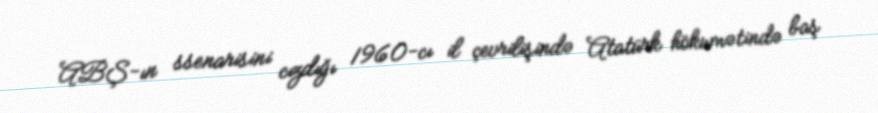
ABŞ-ın ssenarisini cızdığı 1960-cı il çevrilişində Atatürk hökumətində baş